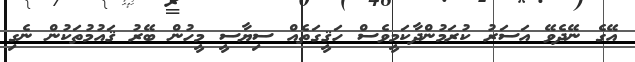
އޭގެ ނޭދެވޭ އަސަރު ކުރަމުންދާކަމީވެސް ހަޤީގަތެއް ސިޔާސީ މީހުން ބޭރު ޤައުމުތަކުން ނެގި